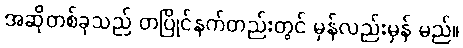
အဆိုတစ်ခုသည် တပြိုင်နက်တည်းတွင် မှန်လည်းမှန် မည်။